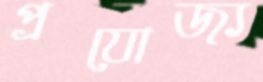
প্রযোজ্য